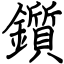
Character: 鑕